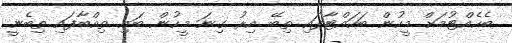
ބެހެއްޓުމަށް މީހުން ބަހައްޓާފައި ތިބޭ އިރު ގިނަ މީހުން ބައި ތިއްބާފައި ތިބެނީ